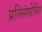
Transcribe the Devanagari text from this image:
प्रतिसंशोधित